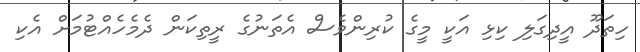
ހިތަދޫ އީދިގަލި ކިޅި އަކީ މީގެ ކުރިންވެސް އެތަނުގެ ރީތިކަން ދެމެހެއްޓުމަށް އެކި